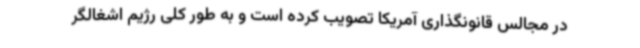
در مجالس قانونگذاری آمریکا تصویب کرده است و به طور کلی رژیم اشغالگر